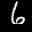
Label: 6